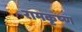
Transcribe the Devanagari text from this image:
रामकृष्‍ण